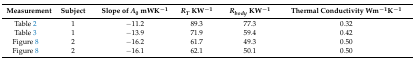
<table><thead><tr><td><b>Measurement</b></td><td><b>Subject</b></td><td><b>Slope of <i>A</i><sub>0</sub> mWK<sup>−1</sup></b></td><td><b><i>R<sub>T</sub></i> KW<sup>−1</sup></b></td><td><b><i>R<sub>body</sub></i> KW<sup>−1</sup></b></td><td><b>Thermal Conductivity Wm<sup>−1</sup>K<sup>−1</sup></b></td></tr></thead><tbody><tr><td>Table 2</td><td>1</td><td>−11.2</td><td>89.3</td><td>77.3</td><td>0.32</td></tr><tr><td>Table 3</td><td>1</td><td>−13.9</td><td>71.9</td><td>59.4</td><td>0.42</td></tr><tr><td>Figure 8</td><td>2</td><td>−16.2</td><td>61.7</td><td>49.3</td><td>0.50</td></tr><tr><td>Figure 8</td><td>2</td><td>−16.1</td><td>62.1</td><td>50.1</td><td>0.50</td></tr></tbody></table>